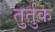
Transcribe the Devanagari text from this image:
तुर्तुक